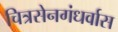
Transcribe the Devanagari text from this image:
चित्रसेनगंधर्वास